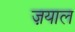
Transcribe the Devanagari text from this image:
ज़याल